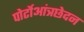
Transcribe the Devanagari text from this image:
पोर्टोआंत्रछेदन